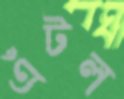
এঁটল